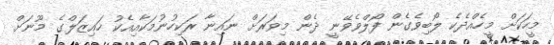
މީހަކަށް މީހެއްދެކެ ލޯބިވެގެން ފޯލްވެވޭނީ ދެން މިވަރަށް ނައިނާ ރަކިހުނުމަކާއިއެކު ހައިޒަލްގެ މޫނަށް